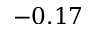
- 0 . 1 7